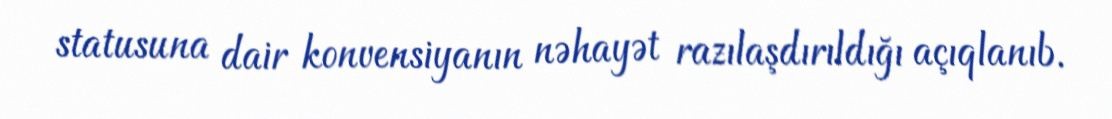
statusuna dair konvensiyanın nəhayət razılaşdırıldığı açıqlanıb.